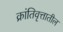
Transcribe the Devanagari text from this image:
क्रांतिवृत्तातील